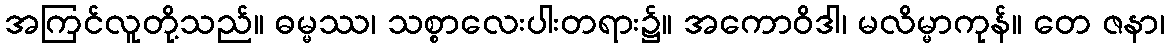
အကြင်လူတို့သည်။ ဓမ္မဿ၊ သစ္စာလေးပါးတရား၌။ အကောဝိဒါ၊ မလိမ္မာကုန်။ တေ ဇနာ၊